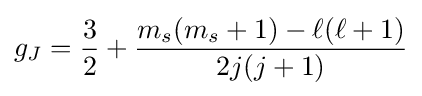
g_{J}={\frac {3}{2}}+{\frac {m_{s}(m_{s}+1)-\ell (\ell +1)}{2j(j+1)}}